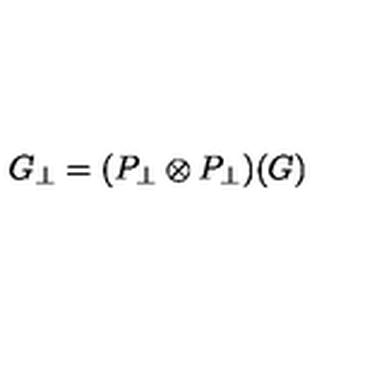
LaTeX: G _ { \perp } = ( P _ { \perp } \otimes P _ { \perp } ) ( G )